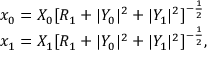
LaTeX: \begin{array} { l c r } { { x _ { 0 } = X _ { 0 } [ R _ { 1 } + | Y _ { 0 } | ^ { 2 } + | Y _ { 1 } | ^ { 2 } ] ^ { - { \frac { 1 } { 2 } } } } } \\ { { x _ { 1 } = X _ { 1 } [ R _ { 1 } + | Y _ { 0 } | ^ { 2 } + | Y _ { 1 } | ^ { 2 } ] ^ { - { \frac { 1 } { 2 } } } , } } \end{array}